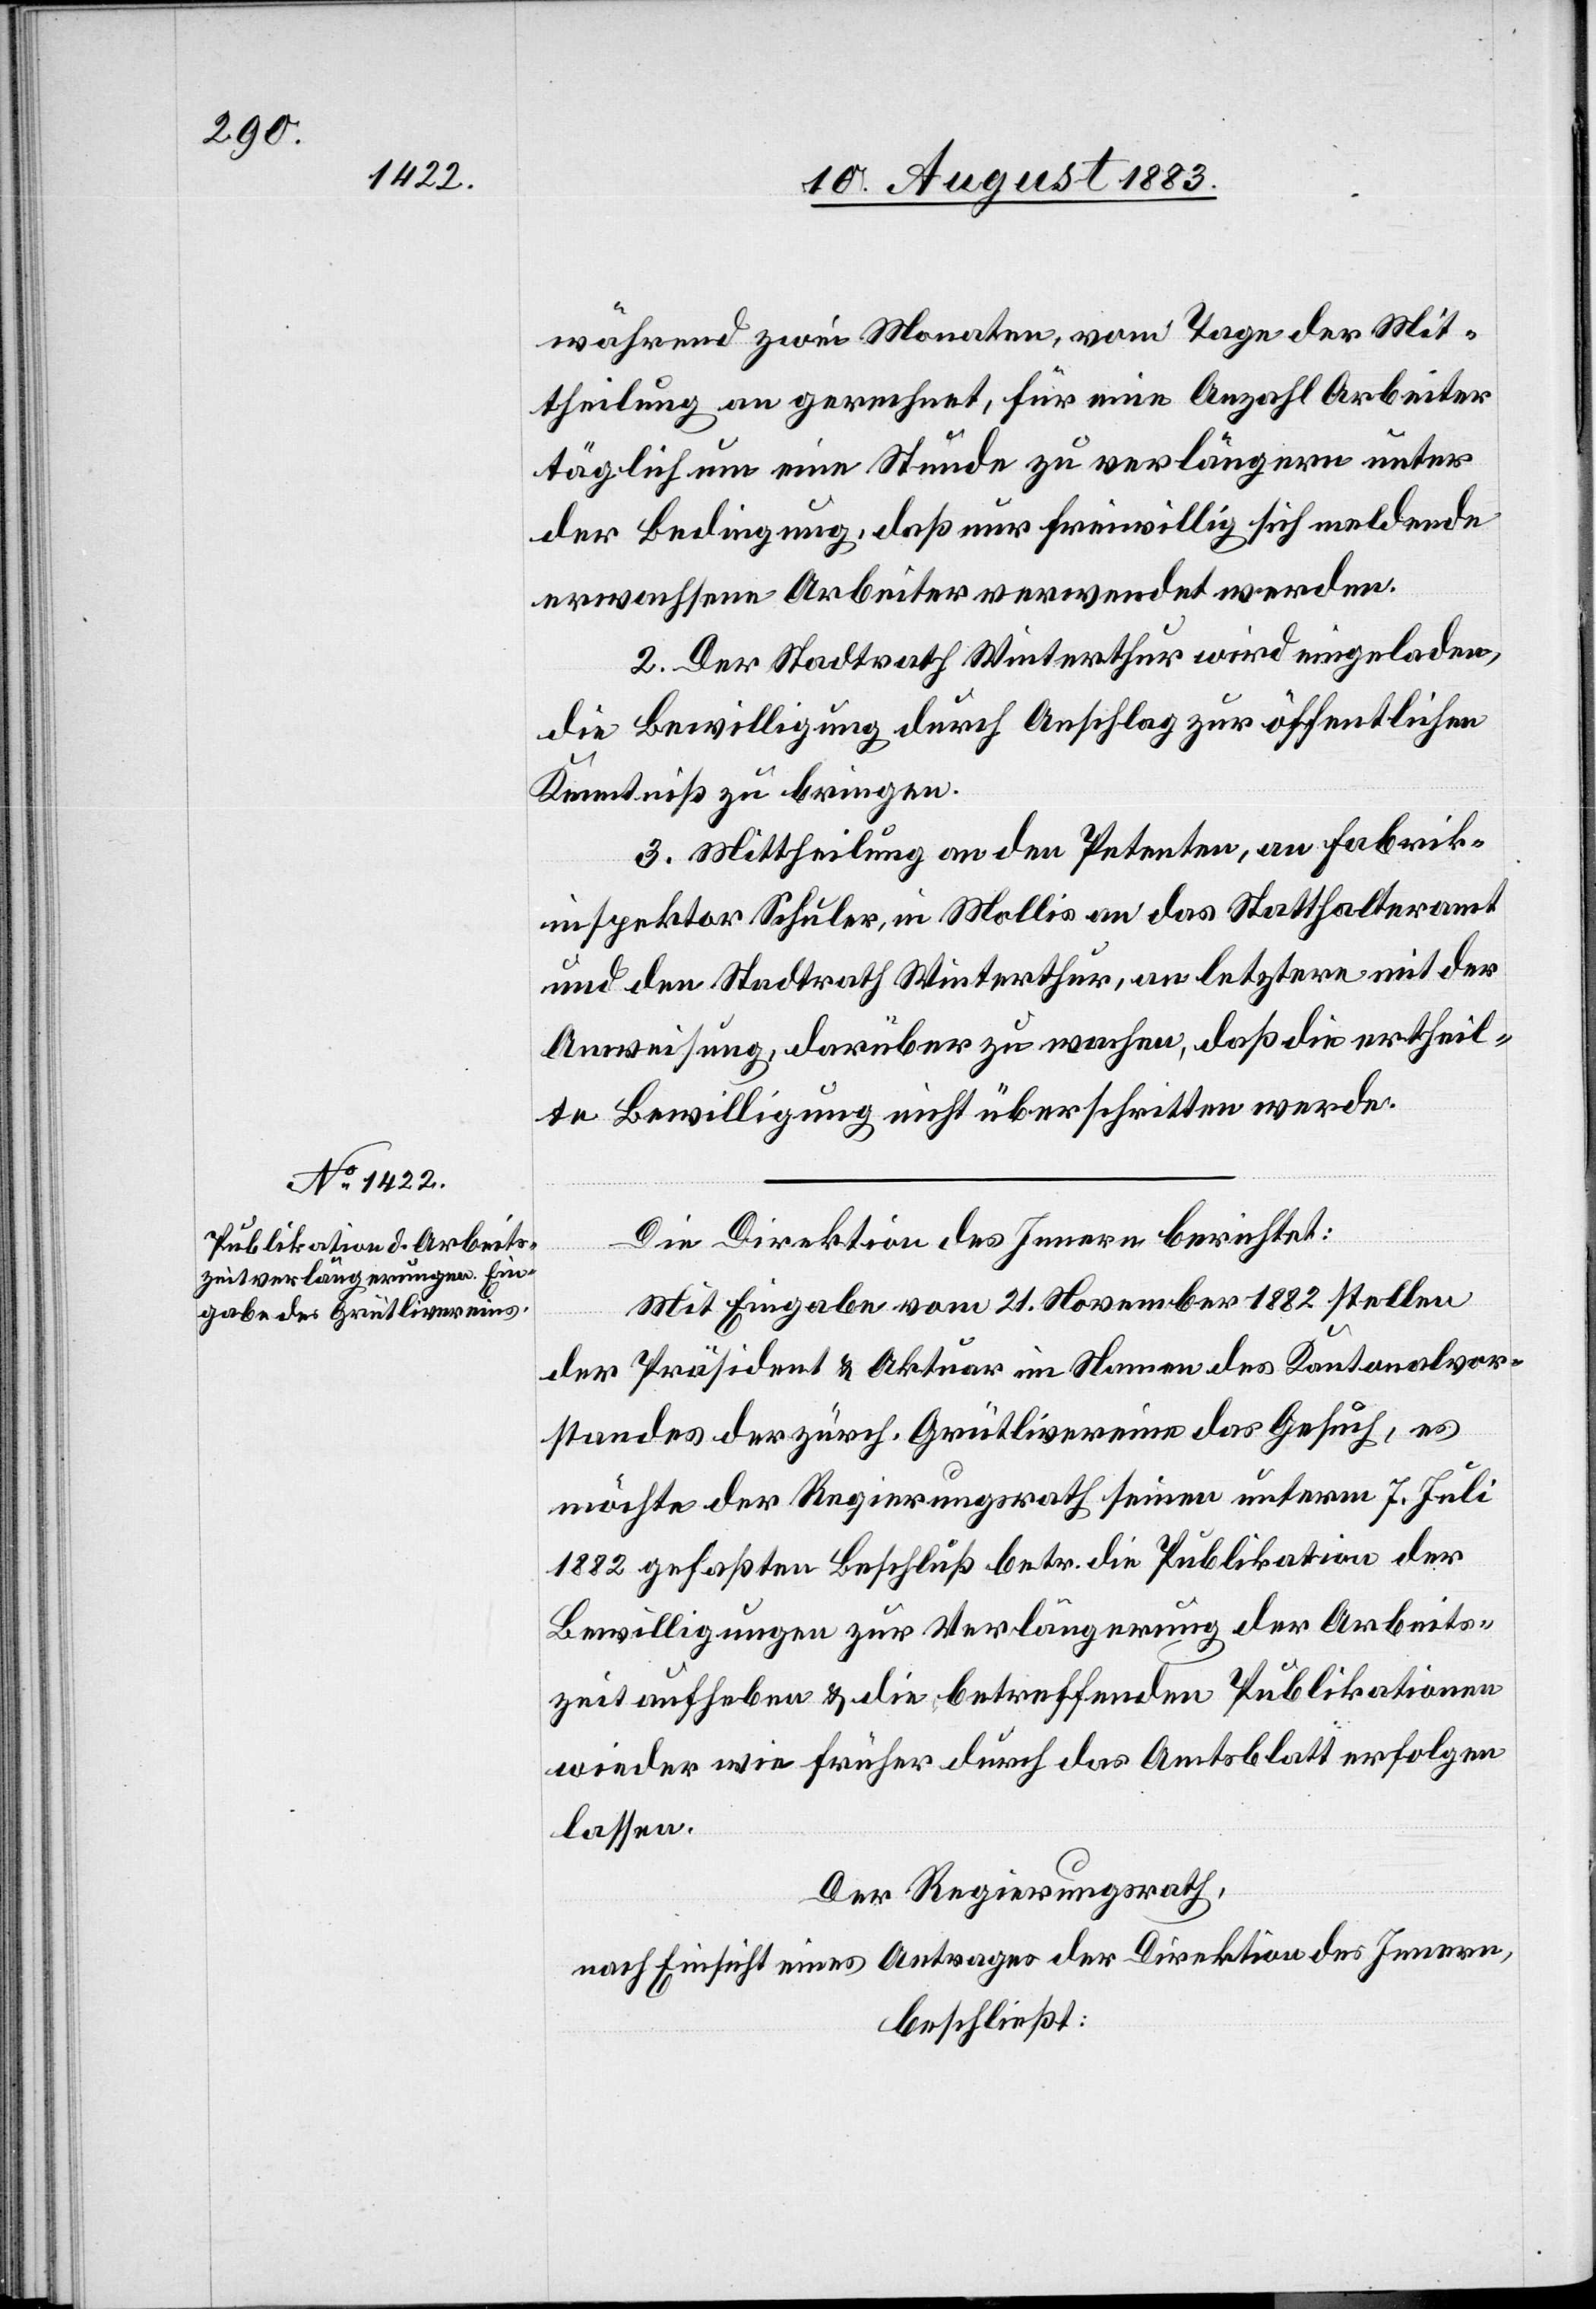
während zwei Monaten, vom Tage der Mit¬
theilung an gerechnet, für eine Anzahl Arbeiter
täglich um eine Stunde zu verlängern unter
der Bedingung, daß nur freiwillig sich meldende
erwachsene Arbeiter verwendet werden.
2. Der Stadtrath Winterthur wird eingeladen,
die Bewilligung durch Anschlag zu öffentlichen
Kenntniß zu bringen.
3. Mittheilung an den Petenten, an Fabrik¬
inspektor Schuler, in Mollis an das Statthalteramt
und den Stadtrath Winterthur, an letztere mit der
Anweisung, darüber zu wachen, daß die ertheil¬
te Bewilligung nicht überschritten werde.
Die Direktion des Innern berichtet:
Mit Eingabe vom 21. November 1882 stellen
der Präsident & Aktuar im Namen des Kantonalvor¬
standes der zürch. Grütlivereine das Gesuch, es
möchte der Regierungsrath seinen unterm 7. Juli
1882 gefaßten Beschluß betr. Publikation der
Bewilligung zur Verlängerung der Arbeits¬
zeit aufheben & die betreffenden Publikationen
wieder wie früher durch das Amtsblatt erfolgen
lassen.
Der Regierungsrath,
nach Einsicht eines Antrages der Direktion des Innern,
beschließt: